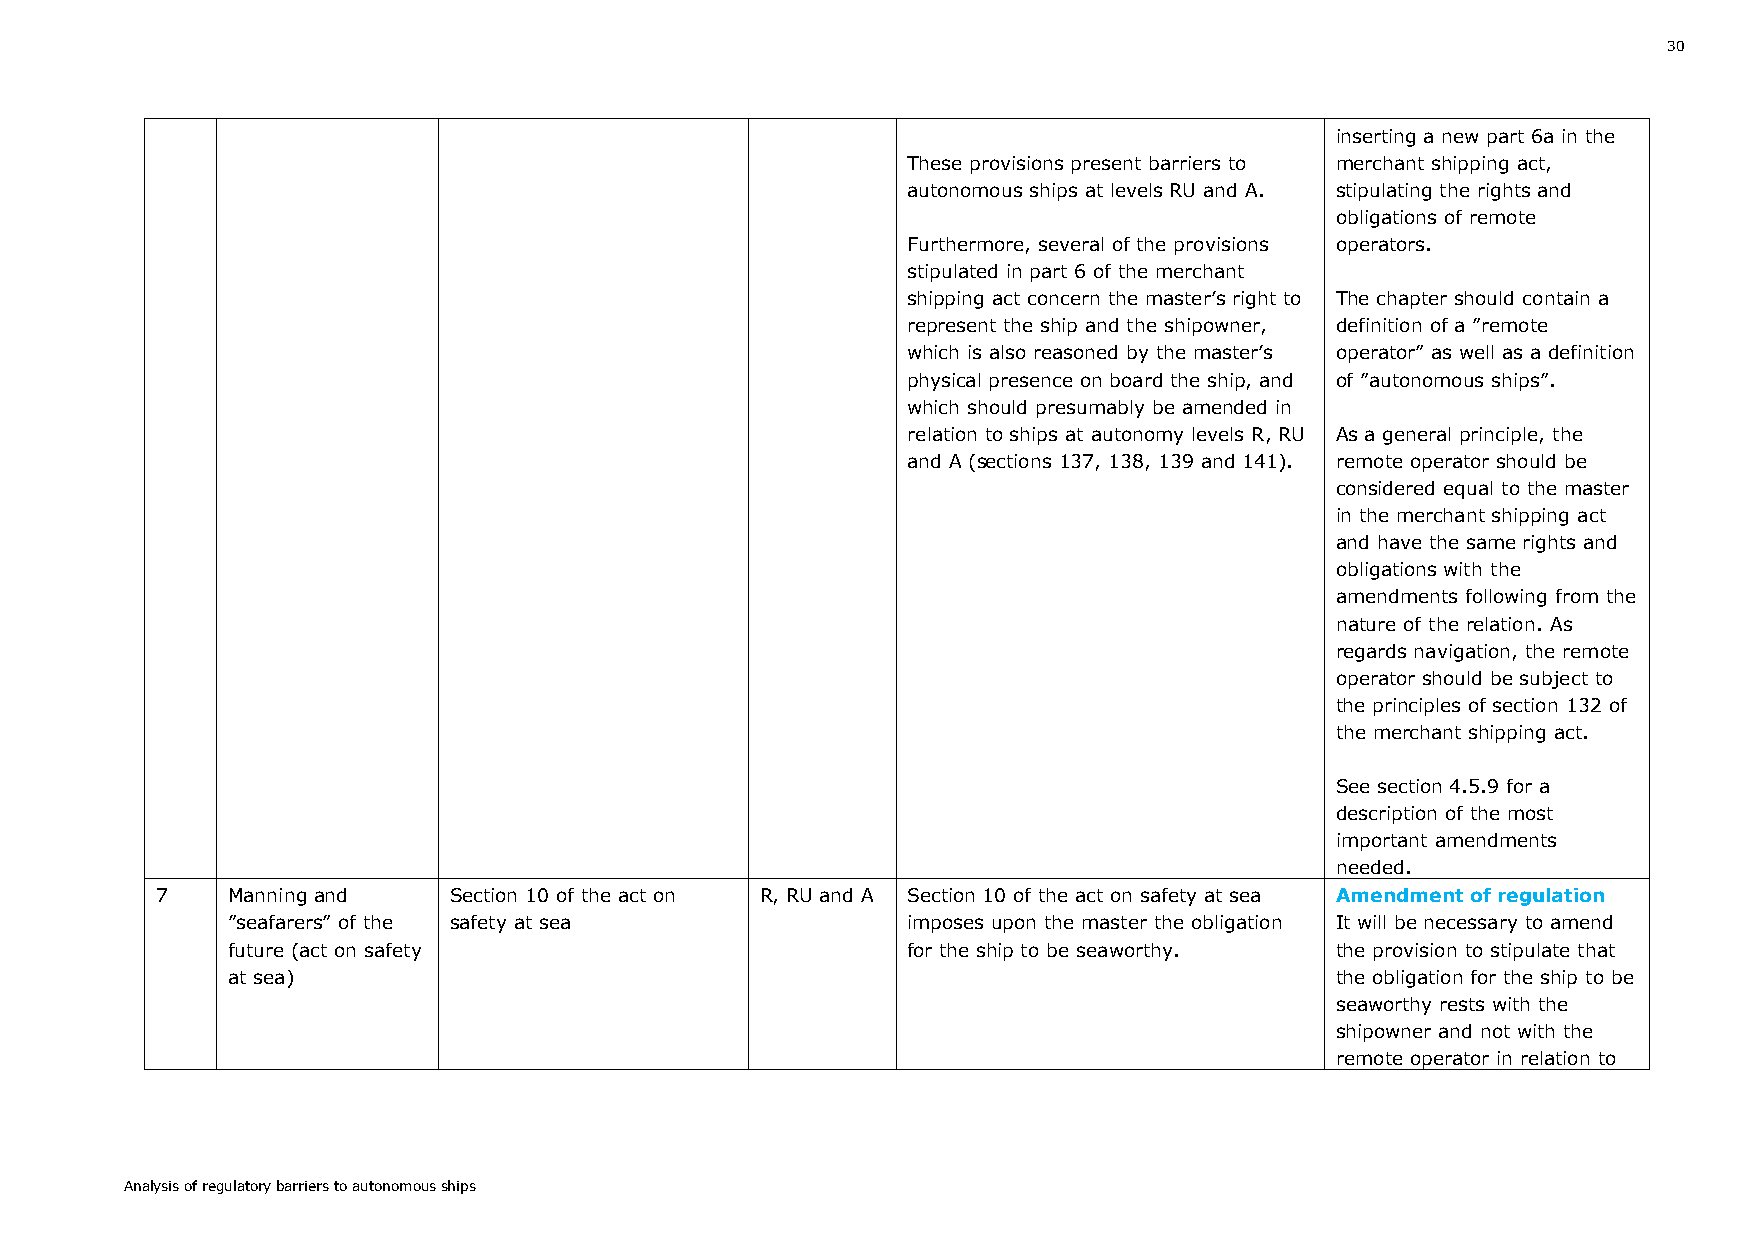
30
 inserting a new part 6a in the
 These provisions present barriers to merchant shipping act,
 autonomous ships at levels RU and A. stipulating the rights and
 obligations of remote
 Furthermore, several of the provisions operators.
 stipulated in part 6 of the merchant
 shipping act concern the master’s right to The chapter should contain a
 represent the ship and the shipowner, definition of a ”remote
 which is also reasoned by the master’s operator” as well as a definition
 physical presence on board the ship, and of ”autonomous ships”.
 which should presumably be amended in
 relation to ships at autonomy levels R, RU As a general principle, the
 and A (sections 137, 138, 139 and 141). remote operator should be
 considered equal to the master
 in the merchant shipping act
 and have the same rights and
 obligations with the
 amendments following from the
 nature of the relation. As
 regards navigation, the remote
 operator should be subject to
 the principles of section 132 of
 the merchant shipping act.
 See section 4.5.9 for a
 description of the most
 important amendments
 needed.
 7    Manning and    Section 10 of the act on R, RU and A Section 10 of the act on safety at sea Amendment of regulation
 ”seafarers” of the safety at sea             imposes upon the master the obligation It will be necessary to amend
 future (act on safety                        for the ship to be seaworthy. the provision to stipulate that
 at sea)                                                                  the obligation for the ship to be
 seaworthy rests with the
 shipowner and not with the
 remote operator in relation to
 Analysis of regulatory barriers to autonomous ships